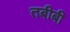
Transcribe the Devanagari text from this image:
तबीबी